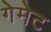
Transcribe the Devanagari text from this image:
गेमेट